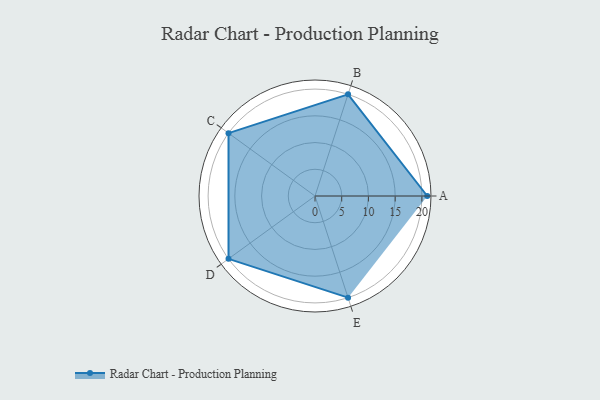
{"axis": {"x": "Skill", "y": "Score"}, "legend": ["Profile"], "data": [{"x": "A", "y": 21.0, "type": "Profile"}, {"x": "B", "y": 20, "type": "Profile"}, {"x": "C", "y": 20, "type": "Profile"}, {"x": "D", "y": 20, "type": "Profile"}, {"x": "E", "y": 20, "type": "Profile"}]}